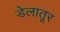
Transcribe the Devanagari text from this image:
डेलातूर